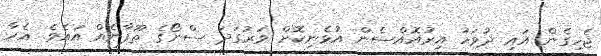
ޖެހިގެން އައި ދުވަހު އިރުއޮއްސެން އުޅެނިކޮށް ވަރުގަދަ ސްނޯގެ ތޫފާނެއް އައެވެ. އެހާ